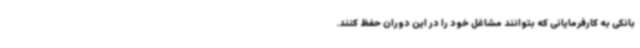
بانکی به کارفرمایانی که بتوانند مشاغل خود را در این دوران حفظ کنند.